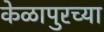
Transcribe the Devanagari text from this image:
केळापुरच्या